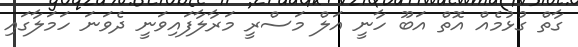
ގާތް ގުޅުމެއް އޮތް އަބޫ ހާނީ އަލް މަސްރީ މަރާލާފައިވަނީ ދެވަނަ ހަމަލާގައި